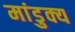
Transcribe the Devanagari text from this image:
मांडुक्य